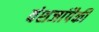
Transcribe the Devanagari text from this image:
वंशजांपैकी